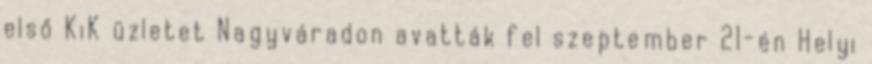
első KiK üzletet Nagyváradon avatták fel szeptember 21-én Helyi